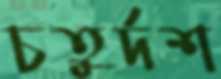
চতুর্দশ